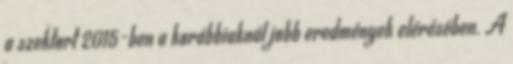
a szektort 2015-ben a korábbiaknál jobb eredmények elérésében. A